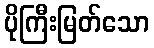
ပိုကြီးမြတ်သော